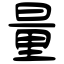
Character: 量